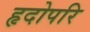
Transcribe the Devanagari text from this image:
हृदोपरि